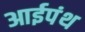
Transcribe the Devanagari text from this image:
आईपंथ